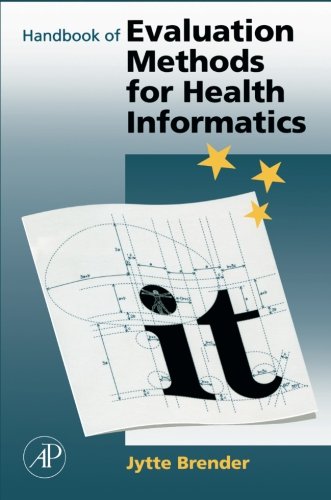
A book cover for Handbook of Evaluation Methods for Health Informatics; Jytte Brender McNair; Medical Books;